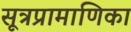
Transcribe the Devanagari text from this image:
सूत्रप्रामाणिका